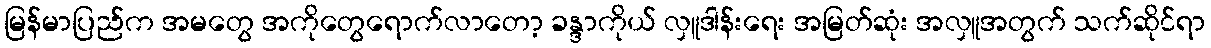
မြန်မာပြည်က အမတွေ အကိုတွေရောက်လာတော့ ခန္ဒာကိုယ် လှူဒါန်းရေး အမြတ်ဆုံး အလှူအတွက် သက်ဆိုင်ရာ